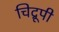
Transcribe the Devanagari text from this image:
चिद्रूपी